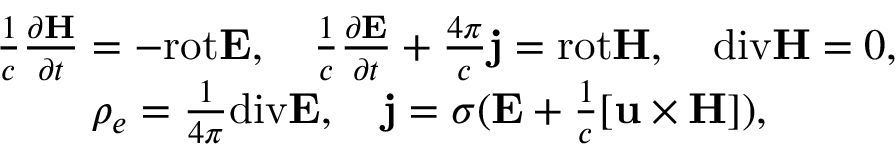
\begin{array} { r } { \frac { 1 } { c } \frac { \partial { \bf H } } { \partial t } = - \mathrm { r o t } { \bf E } , \quad \frac { 1 } { c } \frac { \partial { \bf E } } { \partial t } + \frac { 4 \pi } { c } { \bf j } = \mathrm { r o t } { \bf H } , \quad \mathrm { d i v } { \bf H } = 0 , } \\ { \rho _ { e } = \frac { 1 } { 4 \pi } \mathrm { d i v } { \bf E } , \quad { \bf j } = \sigma ( { \bf E } + \frac { 1 } { c } { \bf [ u \times H ] } ) , \quad \quad \quad } \end{array}